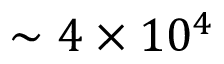
\sim 4 \times 1 0 ^ { 4 }